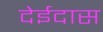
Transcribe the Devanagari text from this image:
देईदास